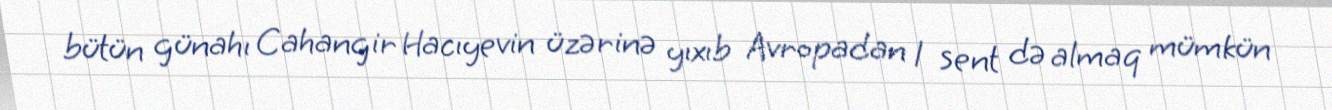
bütün günahı Cahangir Hacıyevin üzərinə yıxıb Avropadan 1 sent də almaq mümkün